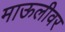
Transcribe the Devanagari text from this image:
माऊलीवर